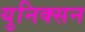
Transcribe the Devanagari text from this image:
युनिक्सन